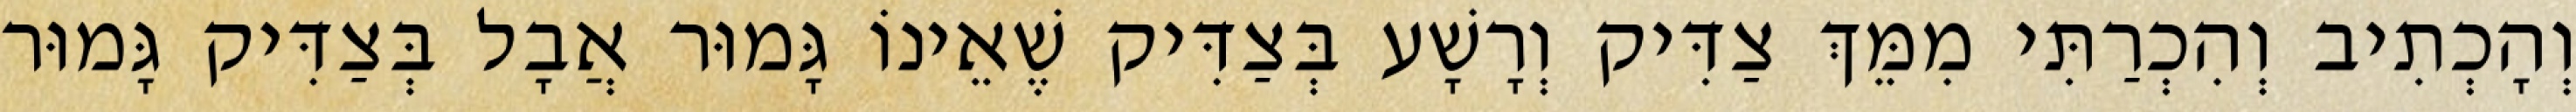
וְהָכְתִיב וְהִכְרַתִּי מִמֵּךְ צַדִּיק וְרָשָׁע בְּצַדִּיק שֶׁאֵינוֹ גָּמוּר אֲבָל בְּצַדִּיק גָּמוּר